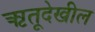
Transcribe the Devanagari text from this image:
ऋतूदेखील